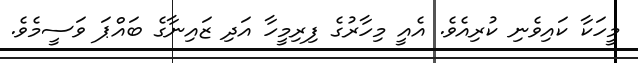
މީހަކާ ކައިވެނި ކުރިއެވެ. އެއީ މިހާރުގެ ފިރިމީހާ އަދި ޒައިނާގެ ބައްޕަ ވަސީމެވެ.